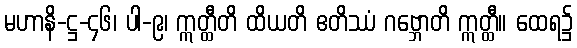
မဟာနိ-ဋ္ဌ-၄၆၊ ပါ-၉၊ ဣတ္ထီတိ ထိယတိ ဧတိဿံ ဂဗ္ဘောတိ ဣတ္ထီ။ ထေရ၌